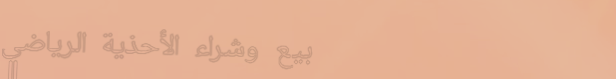
بيع وشراء الأحذية الرياضي